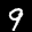
Label: 9